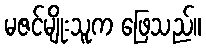
မဇင်မျိုးသူက ဖြေသည်။